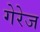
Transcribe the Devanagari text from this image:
गेरेज